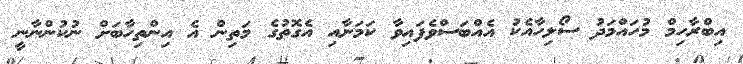
އިބްރާހިމް މުހައްމަދު ސޯލިހާއެކު އެއްބަސްވެފައިވާ ކަމަށާއި އެގޮތުގެ މަތިން އެ އިންތިހާބަށް ނުކުންނާނީ